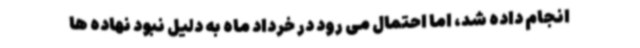
انجام داده شد، اما احتمال می رود در خرداد ماه به دلیل نبود نهاده ها